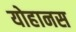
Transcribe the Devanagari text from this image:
योहानस